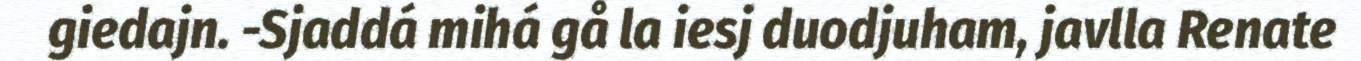
giedajn. -Sjaddá mihá gå la iesj duodjuham, javlla Renate